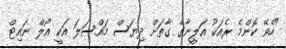
"ހެވޭ ކޮންމެ ރެއަކު އަލީނާގެ ގާތަށް ދިޔަސް މައްސަލަ އަކީ އޯލް ނައިޓް